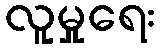
လူမှုရေး